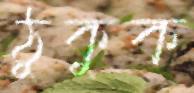
ঠুকুক